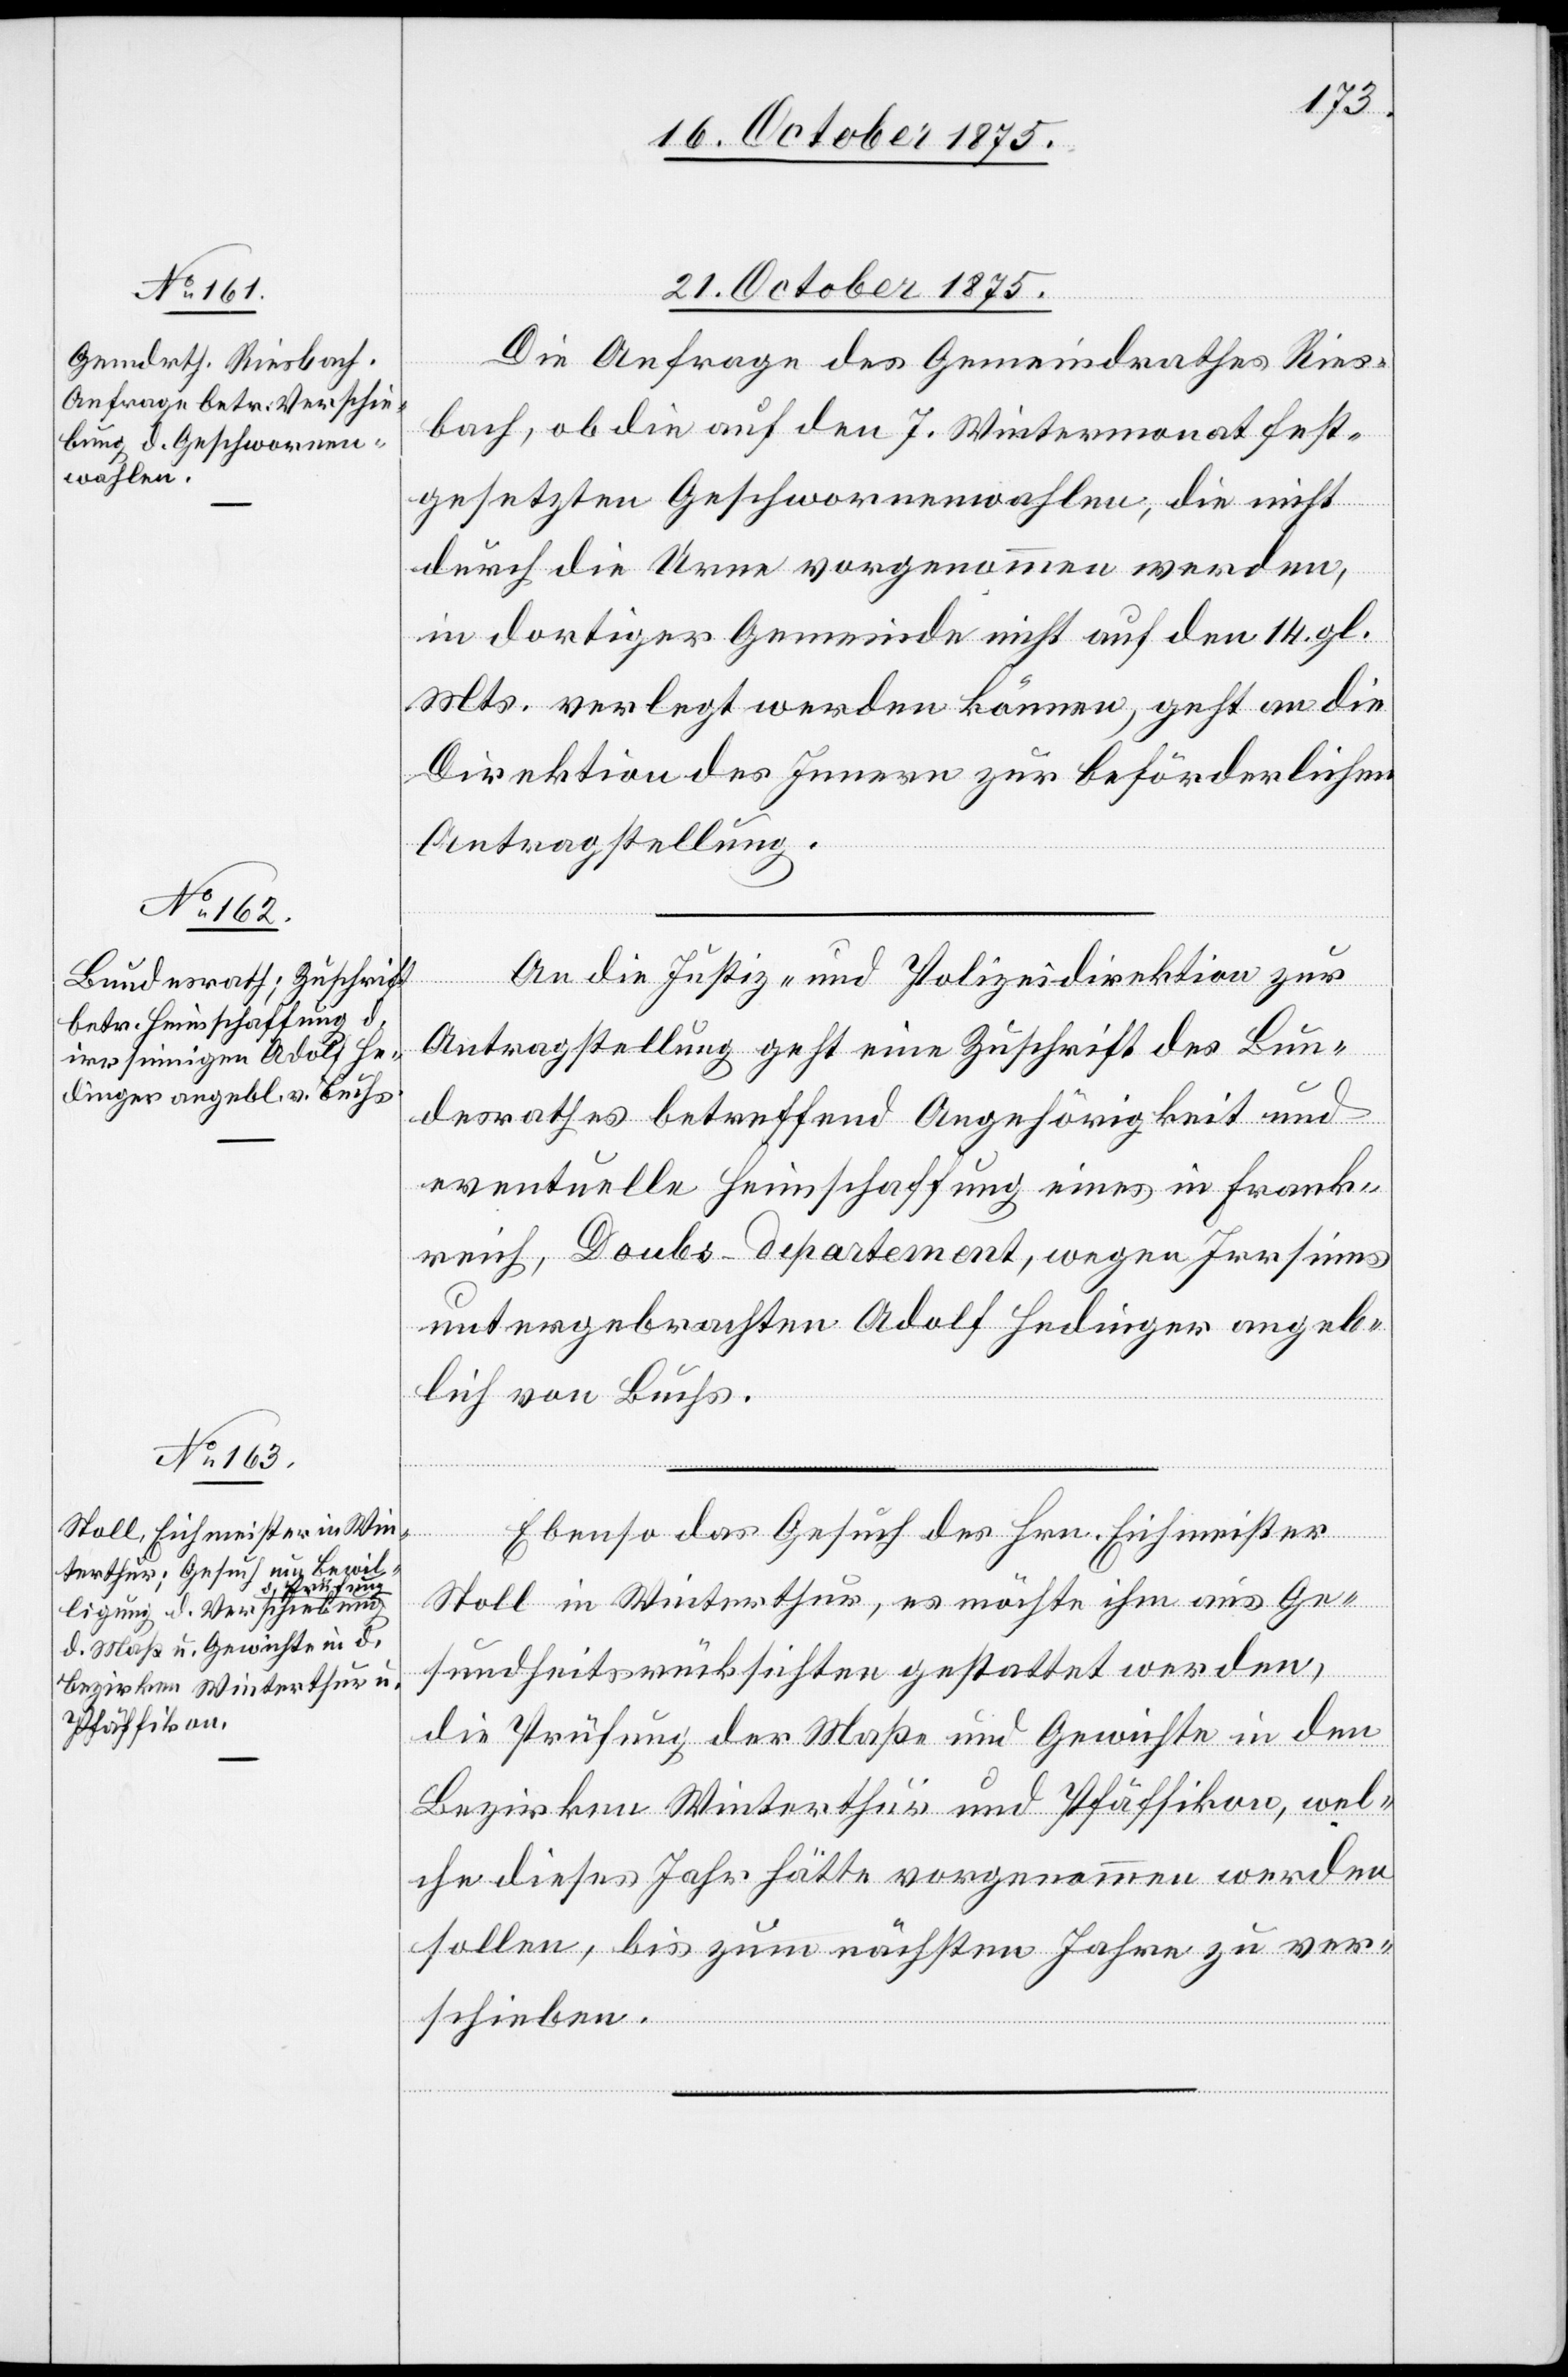
21. October 1875.]
Die Anfrage des Gemeindrathes Ries¬
bach, ob die auf den 7. Wintermonat fest¬
gesetzten Geschwornenwahlen, die nicht
durch die Urne vorgenommen werden,
in dortiger Gemeinde nicht auf den 14. gl.
Mts. verlegt werden können, geht an die
Direktion des Innern zur beförderlichen
[Präsidial-Verfüg¬
Antragstellung.
ungen
An die Justiz- und Polizeidirektion zur
Antragstellung geht eine Zuschrift des Bun¬
desrathes betreffend Angehörigkeit und
eventuelle Heimschaffung eines in Frank¬
reich, Doubs-departement, wegen Irrsinns
untergebrachten Adolf Hedinger angeb¬
lich von Buchs.
Ebenso das Gesuch des Hrn. Eichmeister
Stoll in Winterthur, es möchte ihm aus Ge¬
sundheitsrücksichten gestattet werden,
die Prüfung der Maße und Gewichte in den
Bezirken Winterthur und Pfäffikon, wel¬
che dieses Jahr hätte vorgenommen werden
sollen, bis zum nächsten Jahre zu ver¬
schieben.